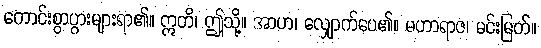
ကောင်းစွာပွားများရာ၏။ ဣတိ၊ ဤသို့။ အာဟ၊ လျှောက်ပေ၏။ မဟာရာဇ၊ မင်းမြတ်။